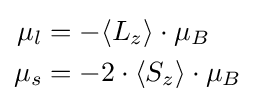
{\begin{aligned}\mu _{l}&=-\langle L_{z}\rangle \cdot \mu _{B}\\\mu _{s}&=-2\cdot \langle S_{z}\rangle \cdot \mu _{B}\end{aligned}}